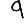
Digit: 9